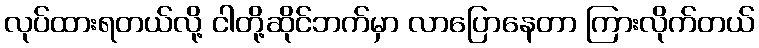
လုပ်ထားရတယ်လို့ ငါတို့ဆိုင်ဘက်မှာ လာပြောနေတာ ကြားလိုက်တယ်